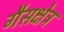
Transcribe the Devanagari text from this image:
गैसक्षेत्र